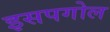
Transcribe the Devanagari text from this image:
इसपगोल